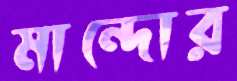
মান্দোর